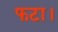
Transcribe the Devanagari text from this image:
फटा।